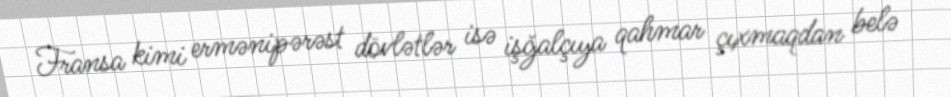
Fransa kimi ermənipərəst dövlətlər isə işğalçıya qahmar çıxmaqdan belə